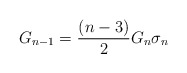
\begin{align*}G_{n-1}=\frac{(n-3)}{2}G_n \sigma_n\end{align*}